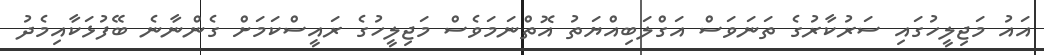
އައު މަޖިލީހުގައި ސަރުކާރުގެ ތަނަވަސް އަގްލަބިއްޔަތު އޮތްނަމަވެސް މަޖިލީހުގެ ރައީސްކަމަށް ގެންނާނެ ބޭފުޅަކާއިމެދު